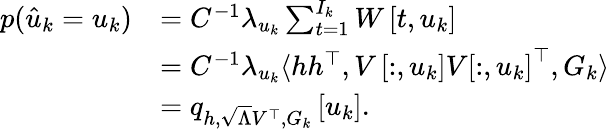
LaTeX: \begin{array}{rl}{p(\hat{u}_{k}=u_{k})}&{=C^{-1}\lambda_{u_{k}}\sum_{t=1}^{I_{k}}W\left[t,u_{k}\right]}\\ &{=C^{-1}\lambda_{u_{k}}\langle hh^{\top},V\left[:,u_{k}\right]V\left[:,u_{k}\right]^{\top},G_{k}\rangle}\\ &{=q_{h,\sqrt{\Lambda}V^{\top},G_{k}}\left[u_{k}\right].}\end{array}